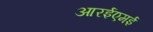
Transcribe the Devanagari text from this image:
आरईएमई